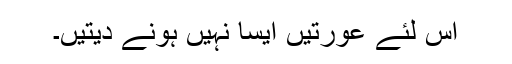
اس لئے عورتیں ایسا نہیں ہونے دیتیں۔